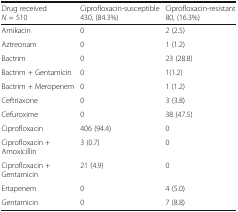
<table><thead><tr><td><b>Drug received<i>N</i> = 510</b></td><td><b>Ciprofloxacin-susceptible430, (84.3%)</b></td><td><b>Ciprofloxacin-resistant80, (16.3%)</b></td></tr></thead><tbody><tr><td>Amikacin</td><td>0</td><td>2 (2.5)</td></tr><tr><td>Aztreonam</td><td>0</td><td>1 (1.2)</td></tr><tr><td>Bactrim</td><td>0</td><td>23 (28.8)</td></tr><tr><td>Bactrim + Gentamicin</td><td>0</td><td>1(1.2)</td></tr><tr><td>Bactrim + Meropenem</td><td>0</td><td>1 (1.2)</td></tr><tr><td>Ceftriaxone</td><td>0</td><td>3 (3.8)</td></tr><tr><td>Cefuroxime</td><td>0</td><td>38 (47.5)</td></tr><tr><td>Ciprofloxacin</td><td>406 (94.4)</td><td>0</td></tr><tr><td>Ciprofloxacin + Amoxicillin</td><td>3 (0.7)</td><td>0</td></tr><tr><td>Ciprofloxacin + Gentamicin</td><td>21 (4.9)</td><td>0</td></tr><tr><td>Ertapenem</td><td>0</td><td>4 (5.0)</td></tr><tr><td>Gentamicin</td><td>0</td><td>7 (8.8)</td></tr></tbody></table>